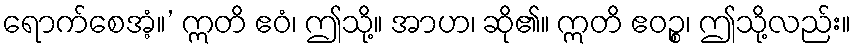
ရောက်စေအံ့။’ ဣတိ ဧဝံ၊ ဤသို့။ အာဟ၊ ဆို၏။ ဣတိ ဧဝဉ္စ၊ ဤသို့လည်း။